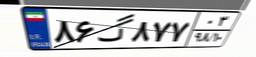
۸۶گ۸۷۷۰۳